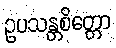
ဥပသန္တစိတ္တော